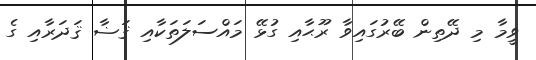
ވީމާ މި ދޭތިން ބޭރުގައިވާ ރޫޙާއި ގުޅޭ މައްސަލަތަކާއި ޤަޟާ ޤަދަރާއި ގެ